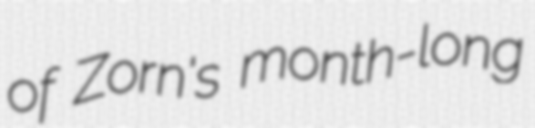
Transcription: of Zorn's month-long